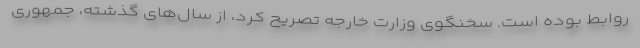
روابط بوده است. سخنگوی وزارت خارجه تصریح کرد، از سال‌های گذشته، جمهوری